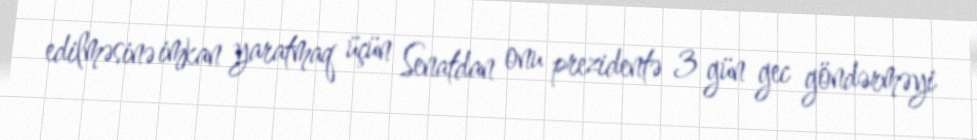
edilməsinə imkan yaratmaq üçün Senatdan onu prezidentə 3 gün gec göndərməyi